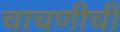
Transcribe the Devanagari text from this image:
चाचणीची